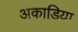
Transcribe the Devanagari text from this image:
अकाडिया